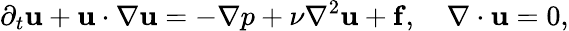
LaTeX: \partial_{t}\mathbf{u}+\mathbf{u}\cdot\nabla\mathbf{u}=-\nabla p+\nu\nabla^{2}\mathbf{u}+\mathbf{f},\quad\nabla\cdot\mathbf{u}=0,